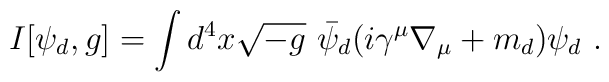
I[\psi_d, g]=\int d^4x \sqrt{-g}~ \bar{\psi}_d(i\gamma^\mu\nabla_\mu+m_d)\psi_d~.